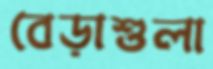
বেড়াশুলা